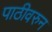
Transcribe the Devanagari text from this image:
पाठीवरुन